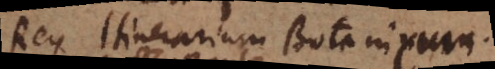
Rey Itinerarium Botanicum.